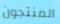
المنتجون